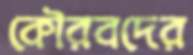
কৌরবদের